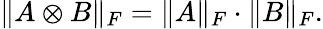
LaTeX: \| A\otimes B\| _{F}=\| A\| _{F}\cdot\| B\| _{F}.